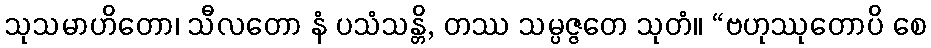
သုသမာဟိတော၊ သီလတော နံ ပသံသန္တိ, တဿ သမ္ပဇ္ဇတေ သုတံ။ “ဗဟုဿုတောပိ စေ